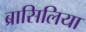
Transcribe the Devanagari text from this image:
ब्रासिलिया